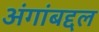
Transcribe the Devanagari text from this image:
अंगांबद्दल